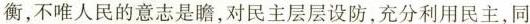
衡，不唯人民的意志是瞻，对民主层层设防，充分利用民主，同